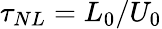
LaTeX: \tau_{NL}=L_{0}/U_{0}